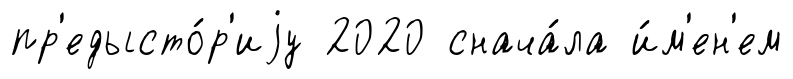
пр'едысто́р'иjу 2020 снача́ла и́м'ен'ем